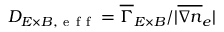
D _ { E \times B , \mathrm { ~ e ~ f ~ f ~ } } = \overline { { \Gamma } } _ { E \times B } / | \overline { { \nabla n } } _ { e } |